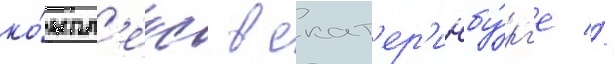
ко́мпл'екс в екат'ер'инбу́рг'е //